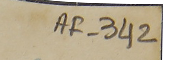
AF-342